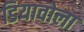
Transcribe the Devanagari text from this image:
डियावोला